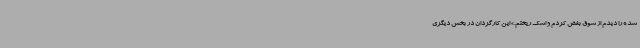
شده را دیدم از شوق بغض کردم و اشک ریختم.» این کارگردان در بخش دیگری